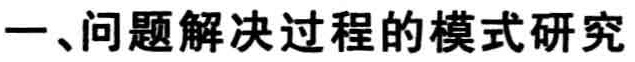
一、问题解决过程的模式研究